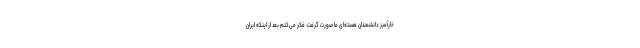
خارآمیز دانشمندان هسته‌ای ما صورت گرفت. فکر می‌کنم بعد از اینکه ایران